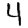
Digit: 4